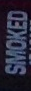
SMOKED